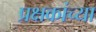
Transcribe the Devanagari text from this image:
प्रक्षकांच्या